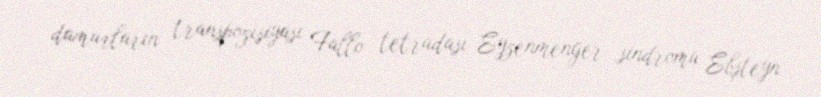
damarların transpozisiyası Fallo tetradası Eyzenmenger sindromu Ebşteyn